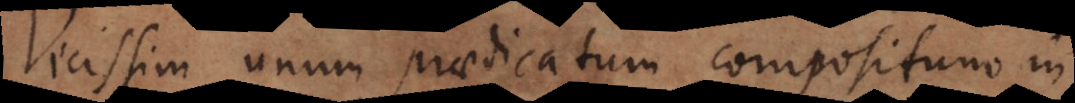
Vicissim unum praedicatum compositum in